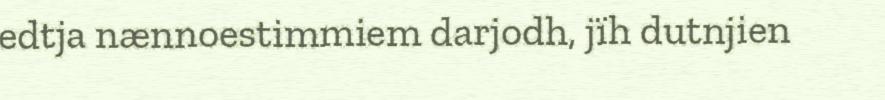
edtja nænnoestimmiem darjodh, jïh dutnjien